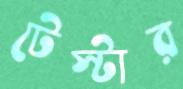
টেস্টার